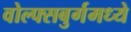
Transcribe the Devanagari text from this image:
वोल्फ्सबुर्गमध्ये